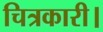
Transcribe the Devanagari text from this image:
चित्रकारी।